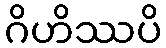
ဂိဟိဿပိ